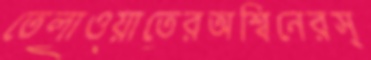
তেলাওয়াতেরঅশ্বিনেরস্